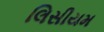
લિસીયમ